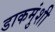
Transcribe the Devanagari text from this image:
डाकमुंशी